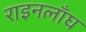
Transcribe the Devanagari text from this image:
राइनलाँघ